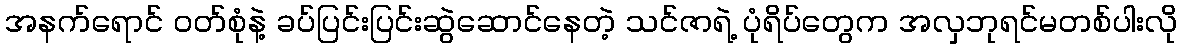
အနက်ရောင် ဝတ်စုံနဲ့ ခပ်ပြင်းပြင်းဆွဲဆောင်နေတဲ့ သင်ဇာရဲ့ ပုံရိပ်တွေက အလှဘုရင်မတစ်ပါးလို